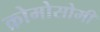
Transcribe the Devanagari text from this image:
क्रोमोसोमी